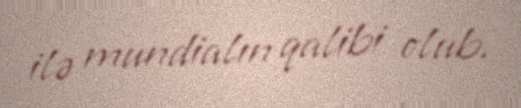
ilə mundialın qalibi olub.